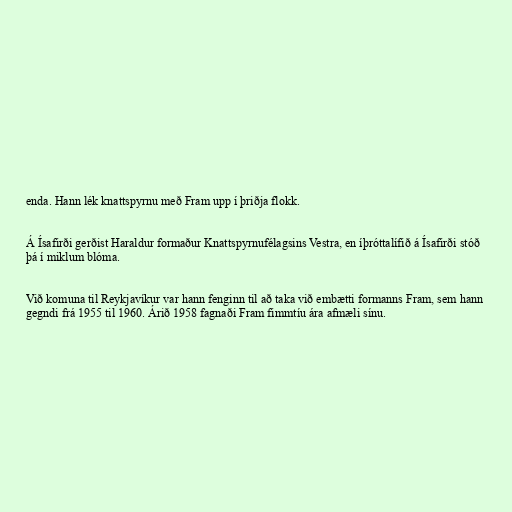
enda. Hann lék knattspyrnu með Fram upp í þriðja flokk.

Á Ísafirði gerðist Haraldur formaður Knattspyrnufélagsins Vestra, en íþróttalífið á Ísafirði stóð
þá í miklum blóma.

Við komuna til Reykjavíkur var hann fenginn til að taka við embætti formanns Fram, sem hann
gegndi frá 1955 til 1960. Árið 1958 fagnaði Fram fimmtíu ára afmæli sínu.